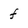
Character: f